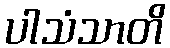
ပါသံသာတိ